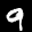
Label: 9